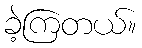
ခဲ့ကြတယ်။